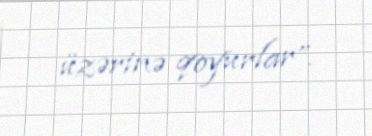
üzərinə qoyurlar”.